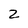
Character: 2